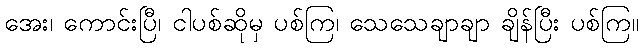
အေး၊ ကောင်းပြီ၊ ငါပစ်ဆိုမှ ပစ်ကြ၊ သေသေချာချာ ချိန်ပြီး ပစ်ကြ။